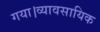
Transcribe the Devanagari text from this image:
गया।व्यावसायिक